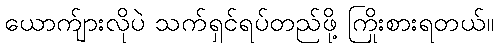
ယောက်ျားလိုပဲ သက်ရှင်ရပ်တည်ဖို့ ကြိုးစားရတယ်။